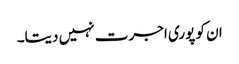
ان کو پوری اجرت نہیں دیتا۔